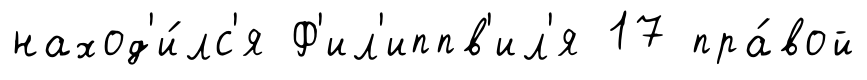
наход'и́лс'я Ф'ил'иппв'ил'я 17 пра́вой